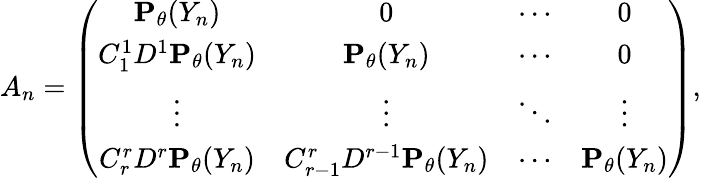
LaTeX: A_{n}=\left(\begin{array}{cccc}{{\mathbf P}_{\theta}(Y_{n})}&{0}&{\cdots}&{0}\\ {C_{1}^{1}D^{1}{\mathbf P}_{\theta}(Y_{n})}&{{\mathbf P}_{\theta}(Y_{n})}&{\cdots}&{0}\\ {\vdots}&{\vdots}&{\ddots}&{\vdots}\\ {C_{r}^{r}D^{r}{\mathbf P}_{\theta}(Y_{n})}&{C_{r-1}^{r}D^{r-1}{\mathbf P}_{\theta}(Y_{n})}&{\cdots}&{{\mathbf P}_{\theta}(Y_{n})}\end{array}\right),